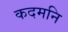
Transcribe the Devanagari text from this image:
कदमनि